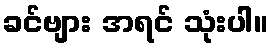
ခင်ဗျား အရင် သုံးပါ။